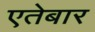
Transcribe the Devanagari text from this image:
एतेबार